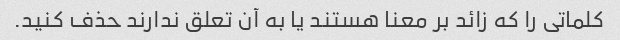
کلماتی را که زائد بر معنا هستند یا به آن تعلق ندارند حذف کنید.